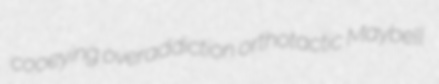
cooeying overaddiction orthotactic Maybell